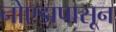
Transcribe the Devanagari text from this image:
नोएडापासून